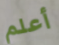
أعلم